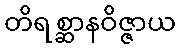
တိရစ္ဆာနဝိဇ္ဇာယ